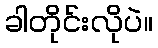
ခါတိုင်းလိုပဲ။